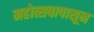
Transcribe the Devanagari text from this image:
महोत्सवापासून